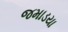
જમાડયા